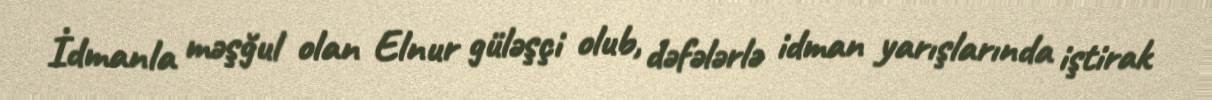
İdmanla məşğul olan Elnur güləşçi olub, dəfələrlə idman yarışlarında iştirak